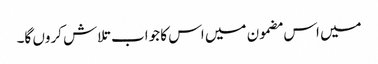
میں اس مضمون میں اس کا جواب تلاش کروں گا۔